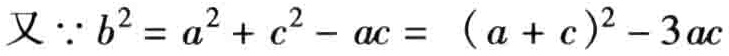
又\(\because b^{2}=a^{2}+c^{2}-ac = (a + c)^{2}-3ac\)